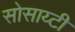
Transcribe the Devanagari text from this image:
सोसाय्टी